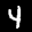
Label: 4